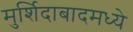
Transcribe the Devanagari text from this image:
मुर्शिदाबादमध्ये